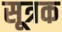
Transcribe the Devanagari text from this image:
सूत्रक